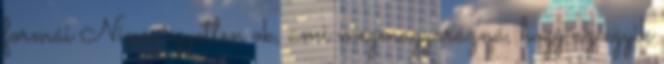
formái Nincs egyetlen ok, ami megmagyarázná, hogy az egyik